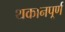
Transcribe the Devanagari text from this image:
थकानपूर्ण